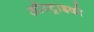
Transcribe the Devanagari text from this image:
ऑस्ट्राइको